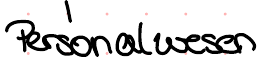
Personalwesen